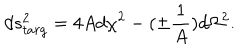
LaTeX: d s _ { t a r g } ^ { 2 } = 4 A d \chi ^ { 2 } - ( \pm { \frac { 1 } { A } } ) d \Omega ^ { 2 } .